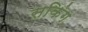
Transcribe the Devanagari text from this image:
सकिंग